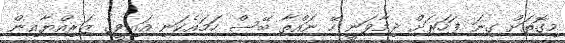
މިގޮތަށް ގިނަ ފަހަރަށް ދިމާވަނީ ހޭ ނައްތާ ބޭސް ހަމައެކަނި އައިވީގެ ޒަރިއްޔާއިން